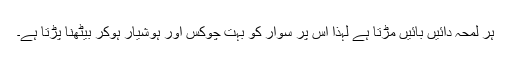
ہر لمحہ دائیں بائیں مڑتا ہے لہذا اس پر سوار کو بہت چوکس اور ہوشیار ہوکر بیٹھنا پڑتا ہے۔